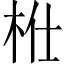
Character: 𣐴